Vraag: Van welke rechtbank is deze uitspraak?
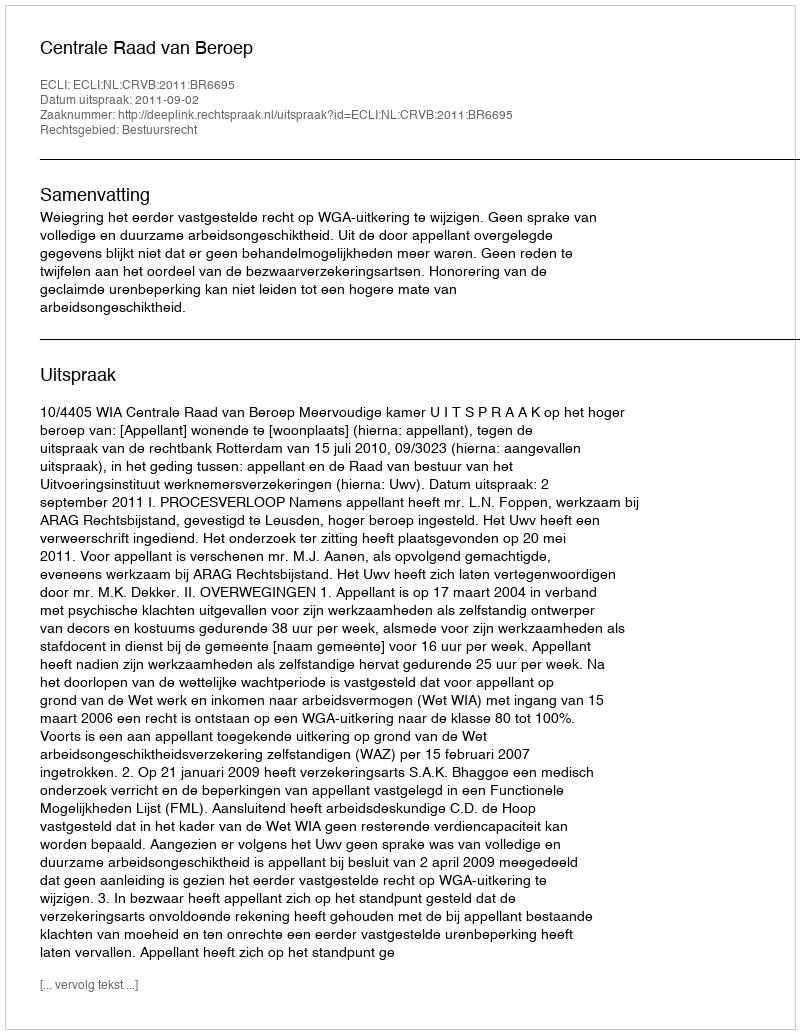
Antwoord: Centrale Raad van Beroep